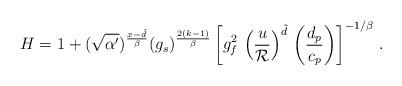
\begin{align*}H=1 + (\sqrt{\alpha^\prime})^{{x - \tilde d \over \beta}} (g_s)^{{2(k-1)\over \beta}}\left[g_f^2 \, \left({u \over {\cal R}}\right)^{\tilde d} \, \left({d_p \over c_p}\right) \right]^{-1/\beta} \, .\end{align*}